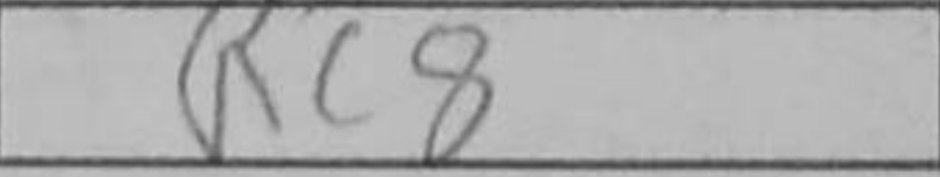
Transcription: Rc8